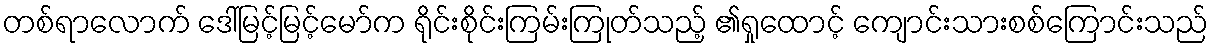
တစ်ရာလောက် ဒေါ်မြင့်မြင့်မော်က ရိုင်းစိုင်းကြမ်းကြုတ်သည့် ၏ရှုထောင့် ကျောင်းသားစစ်ကြောင်းသည်